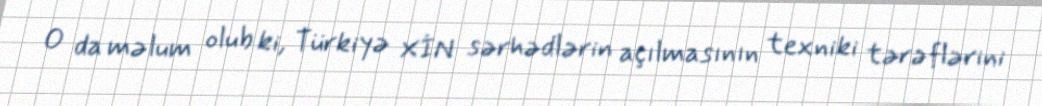
O da məlum olub ki, Türkiyə XİN sərhədlərin açılmasının texniki tərəflərini